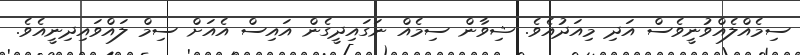
ސިމެއްލެއްވުނީވެސް އަދި މިއަދުއެވެ. ޝިވާން ސިމެއް ނަގައިދީގެން އައިސް އެއަށް ސިމް ލައްވައިދިނީއެވެ.